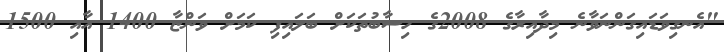
"އެނގިވަޑައިގަންނަވާނެ މިދާއިރާގެ 2008ގެ ހިސާބުތަކަށް ބަލައިފި ކަމަށް ވަންޏާ 1400 އާއި 1500